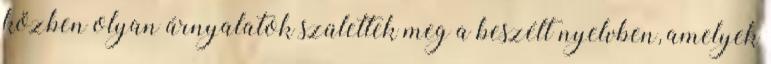
közben olyan árnyalatok születtek meg a beszélt nyelvben, amelyek